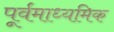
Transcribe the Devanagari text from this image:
पूर्वमाध्यमिक